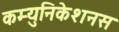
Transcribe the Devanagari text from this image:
कम्युनिकेशनस